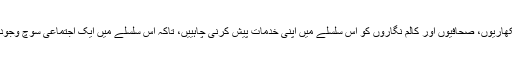
ایک اکیلا دو گیارہ، کے مصداق ہم سب، یعنی مدیران، منتظمین ادارہ، سینیئرلکھاریوں، صحافیوں اور کالم نگاروں کو اس سلسلے میں اپنی خدمات پیش کرنی چاہییں، تاکہ اس سلسلے میں ایک اجتماعی سوچ وجود پذیر ہو اور یہ کام سوچ سے عمل اور فکر سے وجود کے مراحل طے کرے۔